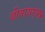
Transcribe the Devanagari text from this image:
बीवायएल